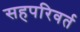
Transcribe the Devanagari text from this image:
सहपरिवर्त